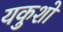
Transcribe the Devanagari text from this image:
यकुशो